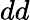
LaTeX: dd